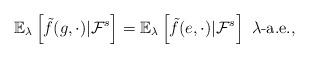
LaTeX: \begin{align*}\mathbb{E}_{\lambda}\left[\tilde{f}(g,\cdot)|\mathcal{F}^{s}\right]=\mathbb{E}_{\lambda}\left[\tilde{f}(e,\cdot)|\mathcal{F}^{s}\right]\mbox{ }\lambda\mbox{-a.e.},\end{align*}